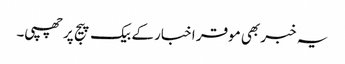
یہ خبر بھی موقر اخبار کے بیک پیج پر چھپی۔